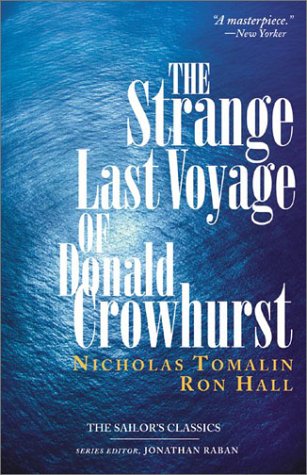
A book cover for The Strange Last Voyage of Donald Crowhurst; Nicholas Tomalin; Sports & Outdoors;